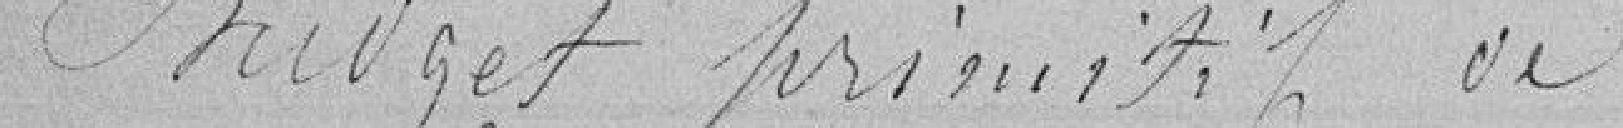
Budget primitif de